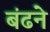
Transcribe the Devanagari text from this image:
बंढने